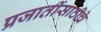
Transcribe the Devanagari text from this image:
प्रजातींसाठीचे